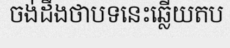
ចង់ដឹងថាបទនេះឆ្លើយតប